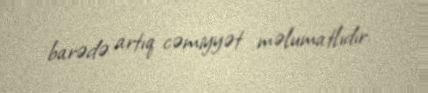
barədə artıq cəmiyyət məlumatlıdır.